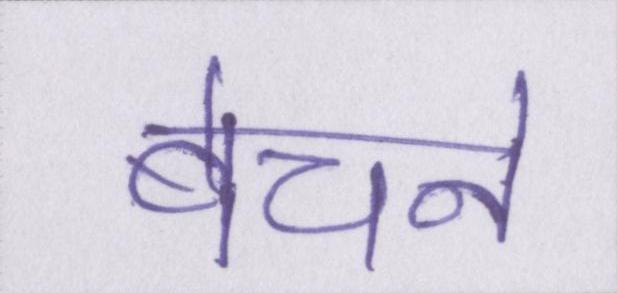
बेचने